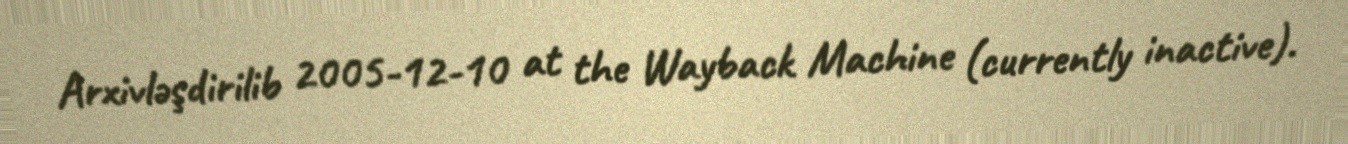
Arxivləşdirilib 2005-12-10 at the Wayback Machine (currently inactive).